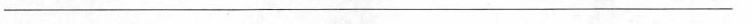
\underline